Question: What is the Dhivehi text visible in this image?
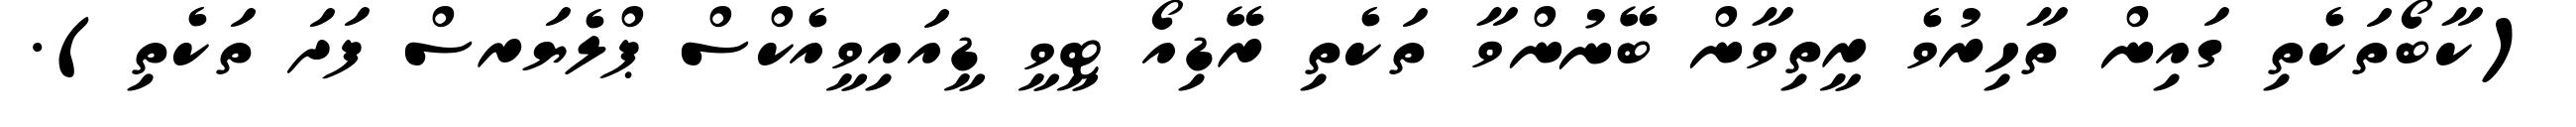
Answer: (ކާބޯތަކެތި ގައިން ތާހިރުވެ ރީތިވާން ބޭނުންވާ ތަކެތި ރޭޑިއޯ ޓީވީ ޑީއައިވީއެކްސް ޕްލެޔަރސް ފަދަ ތަކެތި).